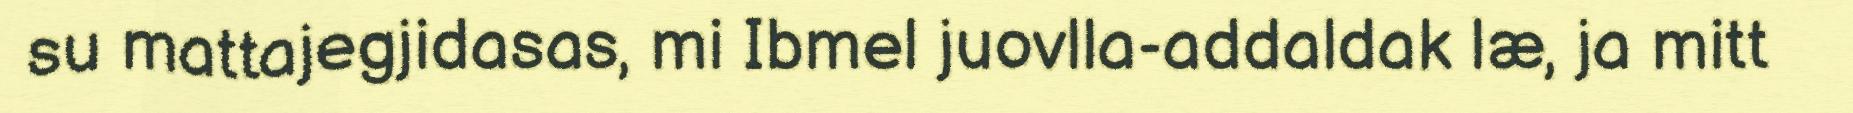
su mattajegjidasas, mi Ibmel juovlla-addaldak læ, ja mitt